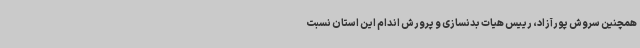
همچنین سروش پورآزاد، رییس هیات بدنسازی و پرورش اندام این استان نسبت